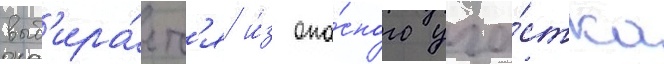
выб'ира́етс'я и́з опа́сного уча́стка